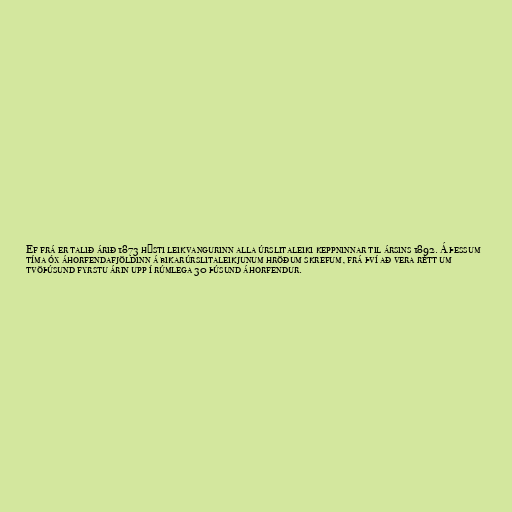
Ef frá er talið árið 1873 hýsti leikvangurinn alla úrslitaleiki keppninnar til ársins 1892. Á þessum
tíma óx áhorfendafjöldinn á bikarúrslitaleikjunum hröðum skrefum, frá því að vera rétt um
tvöþúsund fyrstu árin upp í rúmlega 30 þúsund áhorfendur.